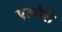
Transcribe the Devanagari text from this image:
एलोरो